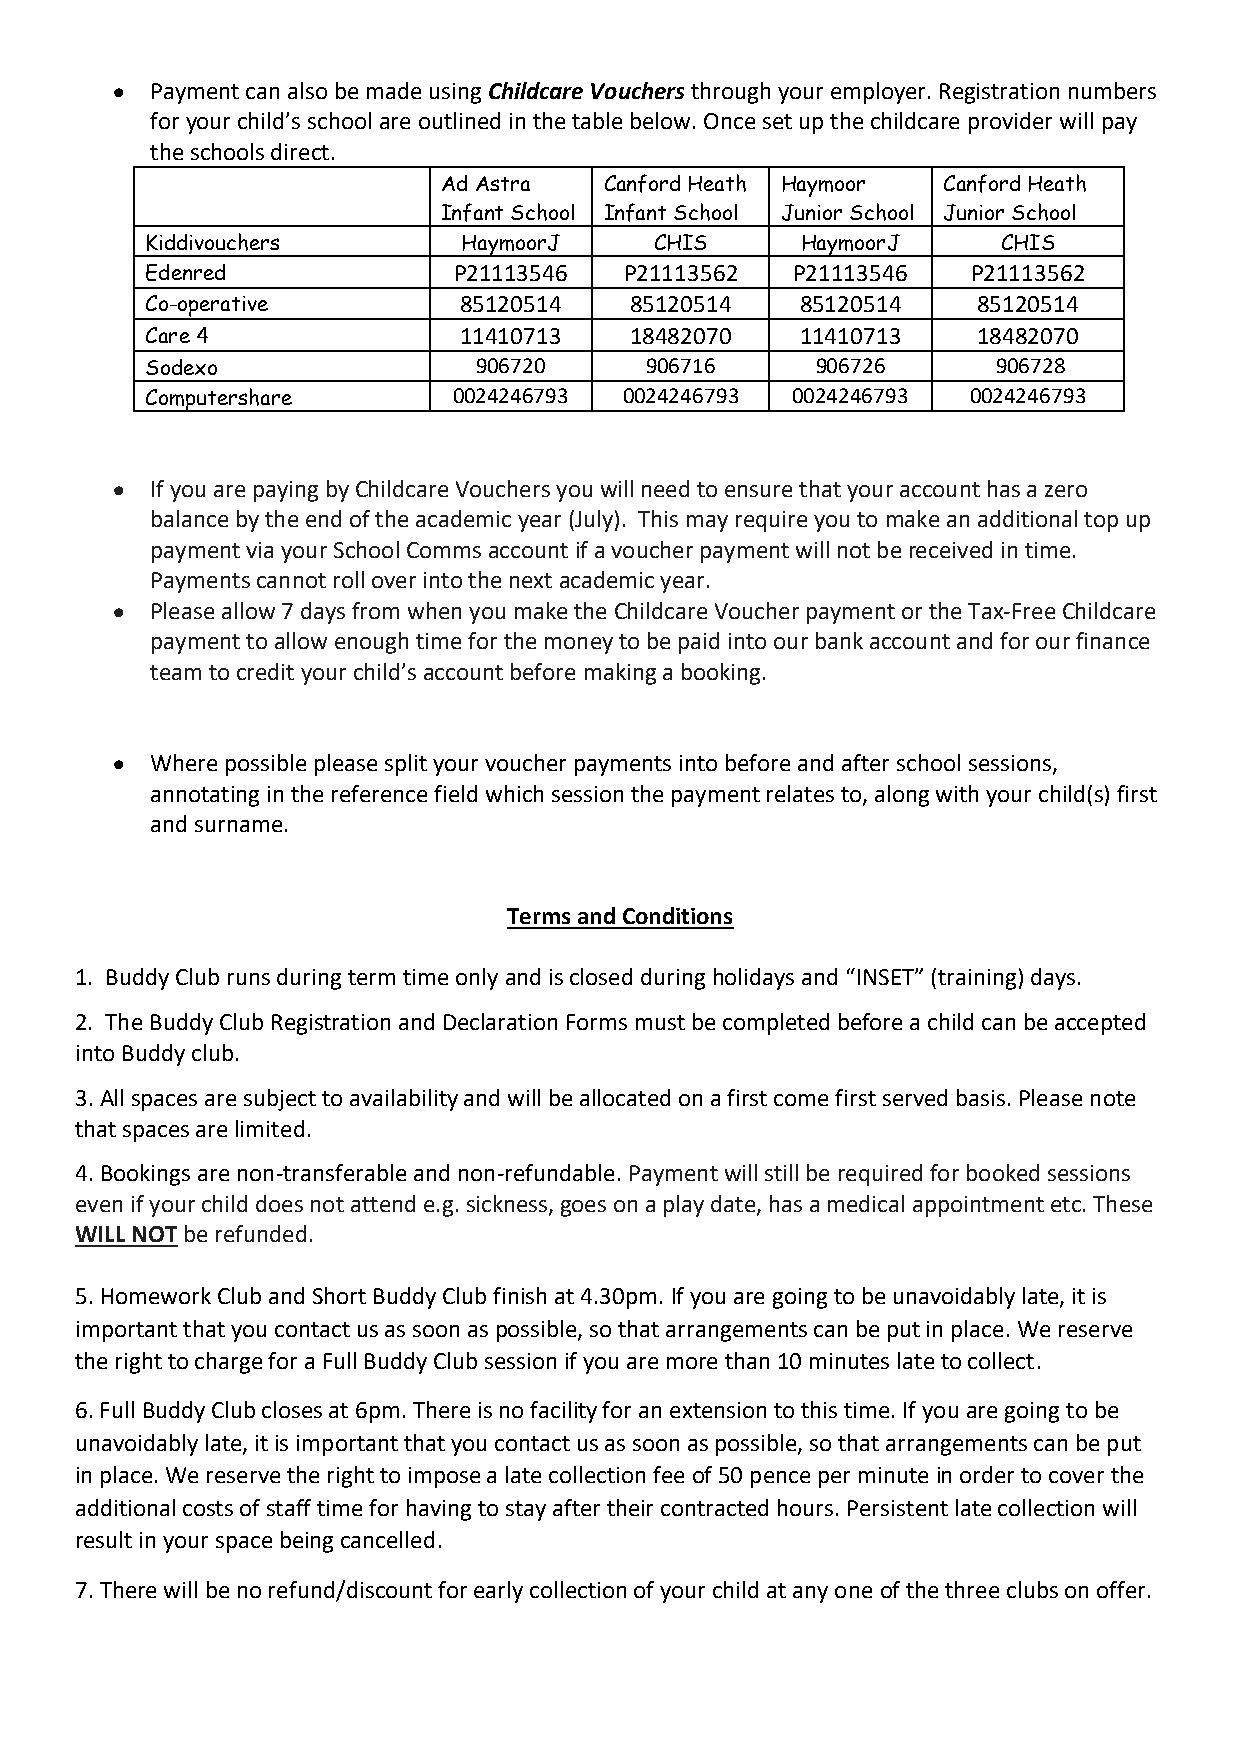
•  Payment can also be made using Childcare Vouchers through your employer. Registration numbers
 for your child’s school are outlined in the table below. Once set up the childcare provider will pay
 the schools direct.
 Ad Astra   Canford Heath Haymoor Canford Heath
 Infant School Infant School Junior School Junior School
 Kiddivouchers        HaymoorJ    CHIS      HaymoorJ     CHIS
 Edenred             P21113546  P21113562   P21113546  P21113562
 Co-operative        85120514    85120514   85120514    85120514
 Care 4              11410713    18482070   11410713    18482070
 Sodexo                906720     906716     906726      906728
 Computershare       0024246793 0024246793 0024246793  0024246793
 •  If you are paying by Childcare Vouchers you will need to ensure that your account has a zero
 balance by the end of the academic year (July). This may require you to make an additional top up
 payment via your School Comms account if a voucher payment will not be received in time.
 Payments cannot roll over into the next academic year.
 •  Please allow 7 days from when you make the Childcare Voucher payment or the Tax-Free Childcare
 payment to allow enough time for the money to be paid into our bank account and for our finance
 team to credit your child’s account before making a booking.
 •  Where possible please split your voucher payments into before and after school sessions,
 annotating in the reference field which session the payment relates to, along with your child(s) first
 and surname.
 Terms and Conditions
 1. Buddy Club runs during term time only and is closed during holidays and “INSET” (training) days.
 2. The Buddy Club Registration and Declaration Forms must be completed before a child can be accepted
 into Buddy club.
 3. All spaces are subject to availability and will be allocated on a first come first served basis. Please note
 that spaces are limited.
 4. Bookings are non-transferable and non-refundable. Payment will still be required for booked sessions
 even if your child does not attend e.g. sickness, goes on a play date, has a medical appointment etc. These
 WILL NOT be refunded.
 5. Homework Club and Short Buddy Club finish at 4.30pm. If you are going to be unavoidably late, it is
 important that you contact us as soon as possible, so that arrangements can be put in place. We reserve
 the right to charge for a Full Buddy Club session if you are more than 10 minutes late to collect.
 6. Full Buddy Club closes at 6pm. There is no facility for an extension to this time. If you are going to be
 unavoidably late, it is important that you contact us as soon as possible, so that arrangements can be put
 in place. We reserve the right to impose a late collection fee of 50 pence per minute in order to cover the
 additional costs of staff time for having to stay after their contracted hours. Persistent late collection will
 result in your space being cancelled.
 7. There will be no refund/discount for early collection of your child at any one of the three clubs on offer.